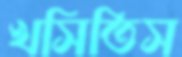
খসিতিস